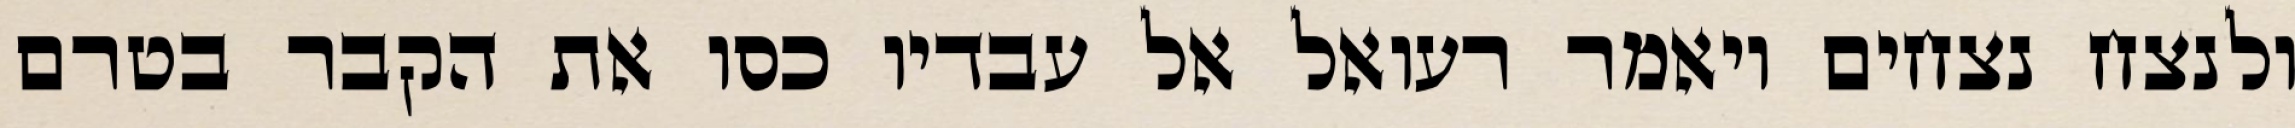
ולנצח נצחים ויאמר רעואל אל עבדיו כסו את הקבר בטרם